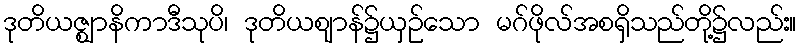
ဒုတိယဇ္ဈာနိကာဒီသုပိ၊ ဒုတိယဈာန်၌ယှဉ်သော မဂ်ဖိုလ်အစရှိသည်တို့၌လည်း။